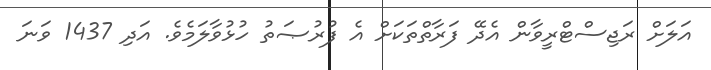
އަލަށް ރަޖިސްޓްރީވާން އެދޭ ފަރާތްތަކަށް އެ ފުރުޞަތު ހުޅުވާލަމެވެ. އަދި 1437 ވަނަ